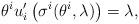
LaTeX: \begin{align*}\theta^i u_i'\left(\sigma^i(\theta^i,\lambda)\right)=\lambda,\end{align*}